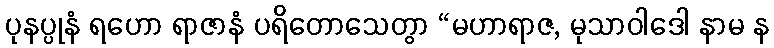
ပုနပ္ပုနံ ရဟော ရာဇာနံ ပရိတောသေတွာ “မဟာရာဇ, မုသာဝါဒေါ နာမ န